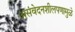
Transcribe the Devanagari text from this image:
असंवेदनशीलपणामुळे